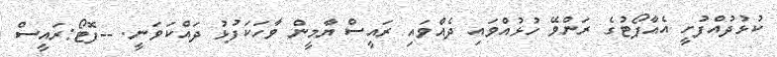
ކުޅުދުއްފުށީ އެއާޕޯޓުގެ ރަންވޭ ހުޅުއްވައި ދެއްވައި ރައީސް ޔާމީން ވާހަކަފުޅު ދައްކަވަނީ. --ފޮޓޯ:ރައީސް